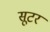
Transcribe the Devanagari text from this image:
सूटर